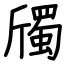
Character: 斶